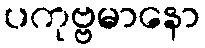
ပကုဗ္ဗမာနော